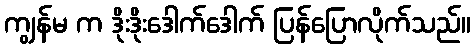
ကျွန်မ က ဒိုးဒိုးဒေါက်ဒေါက် ပြန်ပြောလိုက်သည်။